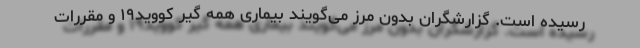
رسیده است. گزارشگران بدون مرز می‌گویند بیماری همه گیر کووید۱۹ و مقررات